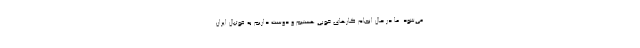
می‌شود. ما در حال انجام کارهای خوبی هستیم و دوست داریم به فوتبال ایران